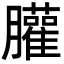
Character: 䑏